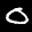
Label: 0